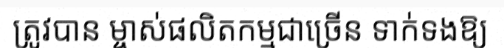
ត្រូវបាន ម្ចាស់ផលិតកម្មជាច្រើន ទាក់ទងឱ្យ